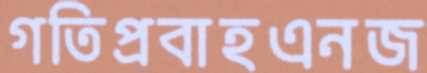
গতিপ্রবাহএনজ